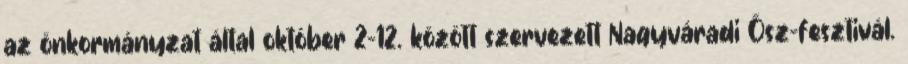
az önkormányzat által október 2–12. között szervezett Nagyváradi Ősz-fesztivál.